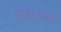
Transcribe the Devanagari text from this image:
पांढराफटक